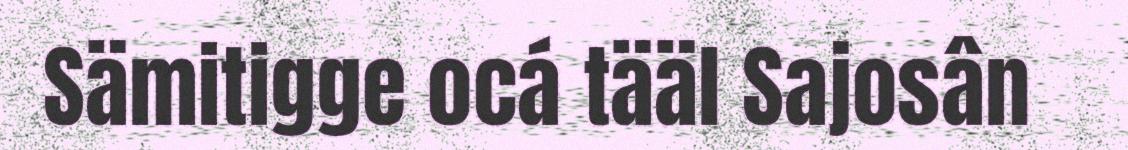
Sämitigge ocá tääl Sajosân